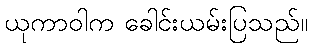
ယုကာဝါက ခေါင်းယမ်းပြသည်။